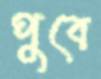
পুবে